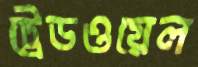
ট্রেডওয়েল